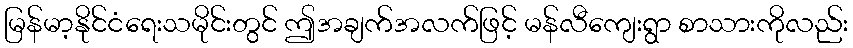
မြန်မာ့နိုင်ငံရေးသမိုင်းတွင် ဤအချက်အလက်ဖြင့် မန်လီကျေးရွာ စာသားကိုလည်း